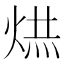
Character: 𭴹